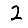
Digit: 2